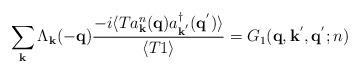
LaTeX: \begin{align*}\sum_{ {\bf{k}} } \Lambda_{ {\bf{k}} } (-{\bf{q}})\frac{ -i\langle T a^{n}_{ {\bf{k}} }({\bf{q}})a^{\dagger}_{ {\bf{k}}^{'} }({\bf{q}}^{'}) \rangle }{\langle T 1 \rangle} = G_{1}( {\bf{q}}, {\bf{k}}^{'}, {\bf{q}}^{'}; n)\end{align*}